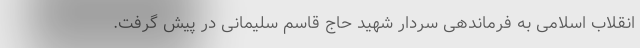
انقلاب اسلامی به فرماندهی سردار شهید حاج قاسم سلیمانی در پیش گرفت.